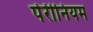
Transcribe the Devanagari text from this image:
पेरीनियम